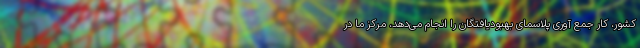
کشور، کار جمع آوری پلاسمای بهبودیافتگان را انجام می‌دهد، مرکز ما در